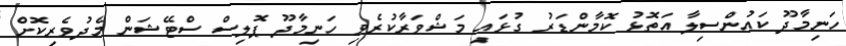
ހަނިމާދޫ ކައުންސިލާ އަތޮޅު ކޮމާންޑަރު ގުޅައި މަޝްވަރާކުރެވި ހަނިމާދޫ ޕޮލިސް ސްޓޭޝަން މެދުވެރިކޮށް